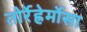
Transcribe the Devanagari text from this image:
तोर्रेह्रेर्मोसा